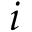
i